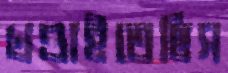
খণ্ডাইতেছিস